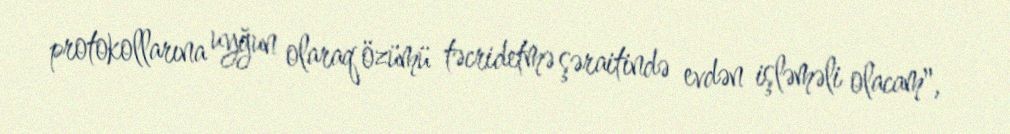
protokollarına uyğun olaraq özümü təcridetmə şəraitində evdən işləməli olacam",